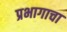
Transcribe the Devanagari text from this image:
प्रभागाचा